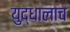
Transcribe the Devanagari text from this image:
युद्धालाच